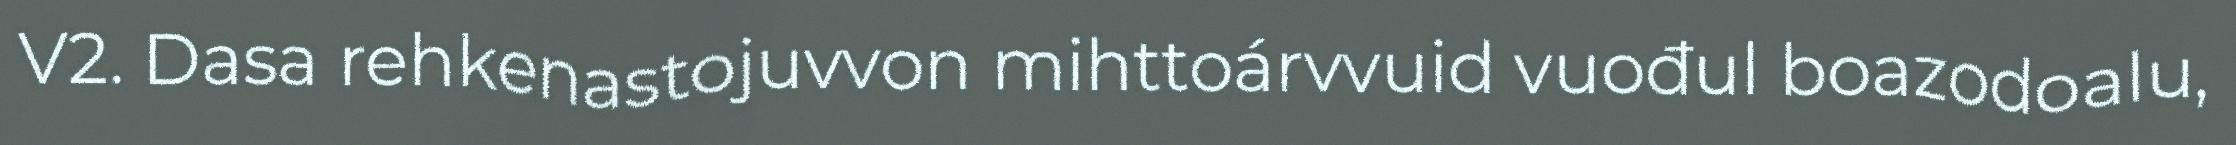
V2. Dasa rehkenastojuvvon mihttoárvvuid vuođul boazodoalu,